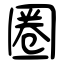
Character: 圈